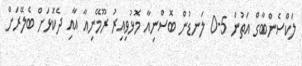
ލަކްސެންބާގް އަތުން 5-0 ލަނޑުން ބޮސްނިއާ މޮޅުވިއިރު ރޫމޭނިއާ އާއި ދެކޮޅަށް ބެލޭރަށް